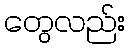
တွေလည်း